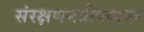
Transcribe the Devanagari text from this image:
संरक्षणमंत्रीपदावर